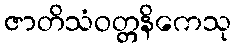
ဇာတိသံဝတ္တနိကေသု